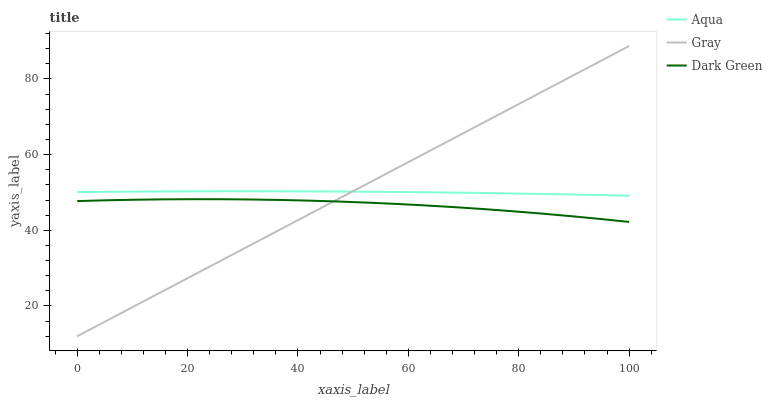
| xaxis_label | Aqua | Gray | Dark Green |
 | --- | --- | --- | --- |
 | 0 | 50.1 | 12 | 47.7 |
 | 5.26 | 50.2 | 16 | 47.9 |
 | 10.5 | 50.2 | 20.1 | 48.1 |
 | 15.8 | 50.3 | 24.1 | 48.2 |
 | 21.1 | 50.3 | 28.1 | 48.2 |
 | 26.3 | 50.3 | 32.2 | 48.2 |
 | 31.6 | 50.3 | 36.2 | 48.1 |
 | 36.8 | 50.3 | 40.3 | 48 |
 | 42.1 | 50.3 | 44.3 | 47.8 |
 | 47.4 | 50.2 | 48.3 | 47.6 |
 | 52.6 | 50.2 | 52.4 | 47.3 |
 | 57.9 | 50.1 | 56.4 | 47 |
 | 63.2 | 50 | 60.4 | 46.6 |
 | 68.4 | 50 | 64.5 | 46.1 |
 | 73.7 | 49.9 | 68.5 | 45.6 |
 | 78.9 | 49.7 | 72.6 | 45 |
 | 84.2 | 49.6 | 76.6 | 44.4 |
 | 89.5 | 49.5 | 80.6 | 43.7 |
 | 94.7 | 49.3 | 84.7 | 43 |
 | 100 | 49.1 | 88.7 | 42.2 |